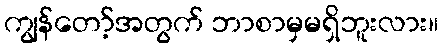
ကျွန်တော့်အတွက် ဘာစာမှမရှိဘူးလား။